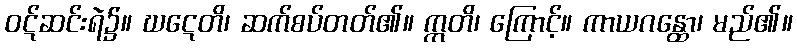
ဝဋ်ဆင်းရဲ၌။ ဃဋေတိ၊ ဆက်စပ်တတ်၏။ ဣတိ၊ ကြောင့်။ ကာယဂန္ထော၊ မည်၏။